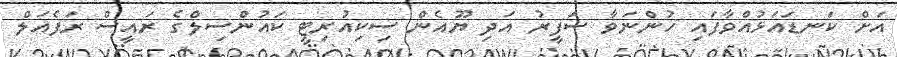
އަށް ކަނޑައަޅުއްވާފައި ހުންނަވާ ސަފީރު އަދި ޔޫއެން ސިކިއުރިޓީ ކައުންސިލްގެ ރައީސް ރަފެއަލް